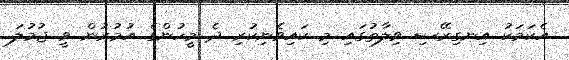
އެކަމަކު އިނގިރޭސި ވިލާތުގައި މި ކައިވެނިކުރި ދެ މީހުންގެ އުމުރުން ވީ ޖުމުލަ